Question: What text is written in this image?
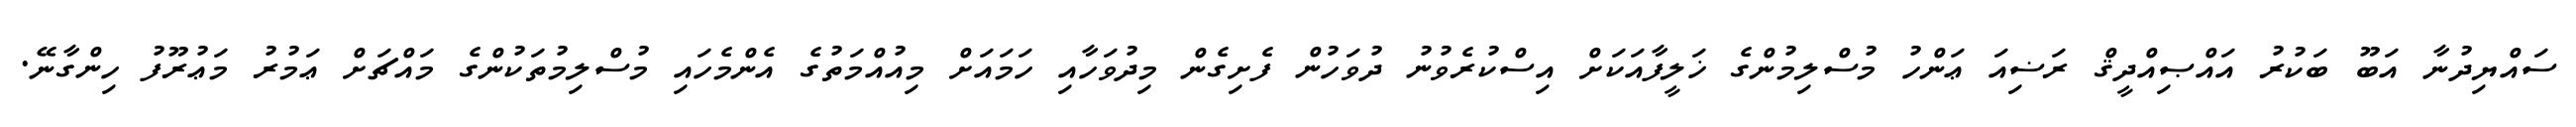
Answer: ސައްޔިދުނާ އަބޫ ބަކުރު އައްޞިއްދީޤް ރަޟިއަ ޢަންހު މުސްލިމުންގެ ޚަލީފާއަކަށް އިސްކުރެވުނު ދުވަހުން ފެށިގެން މިދުވަހާއި ހަމައަށް މިއުއްމަތުގެ އެންމެހައި މުސްލިމުތަކުންގެ މައްޗަށް ޢަމުރު މަޢުރޫފު ހިންގާނޭ.